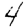
Digit: 4